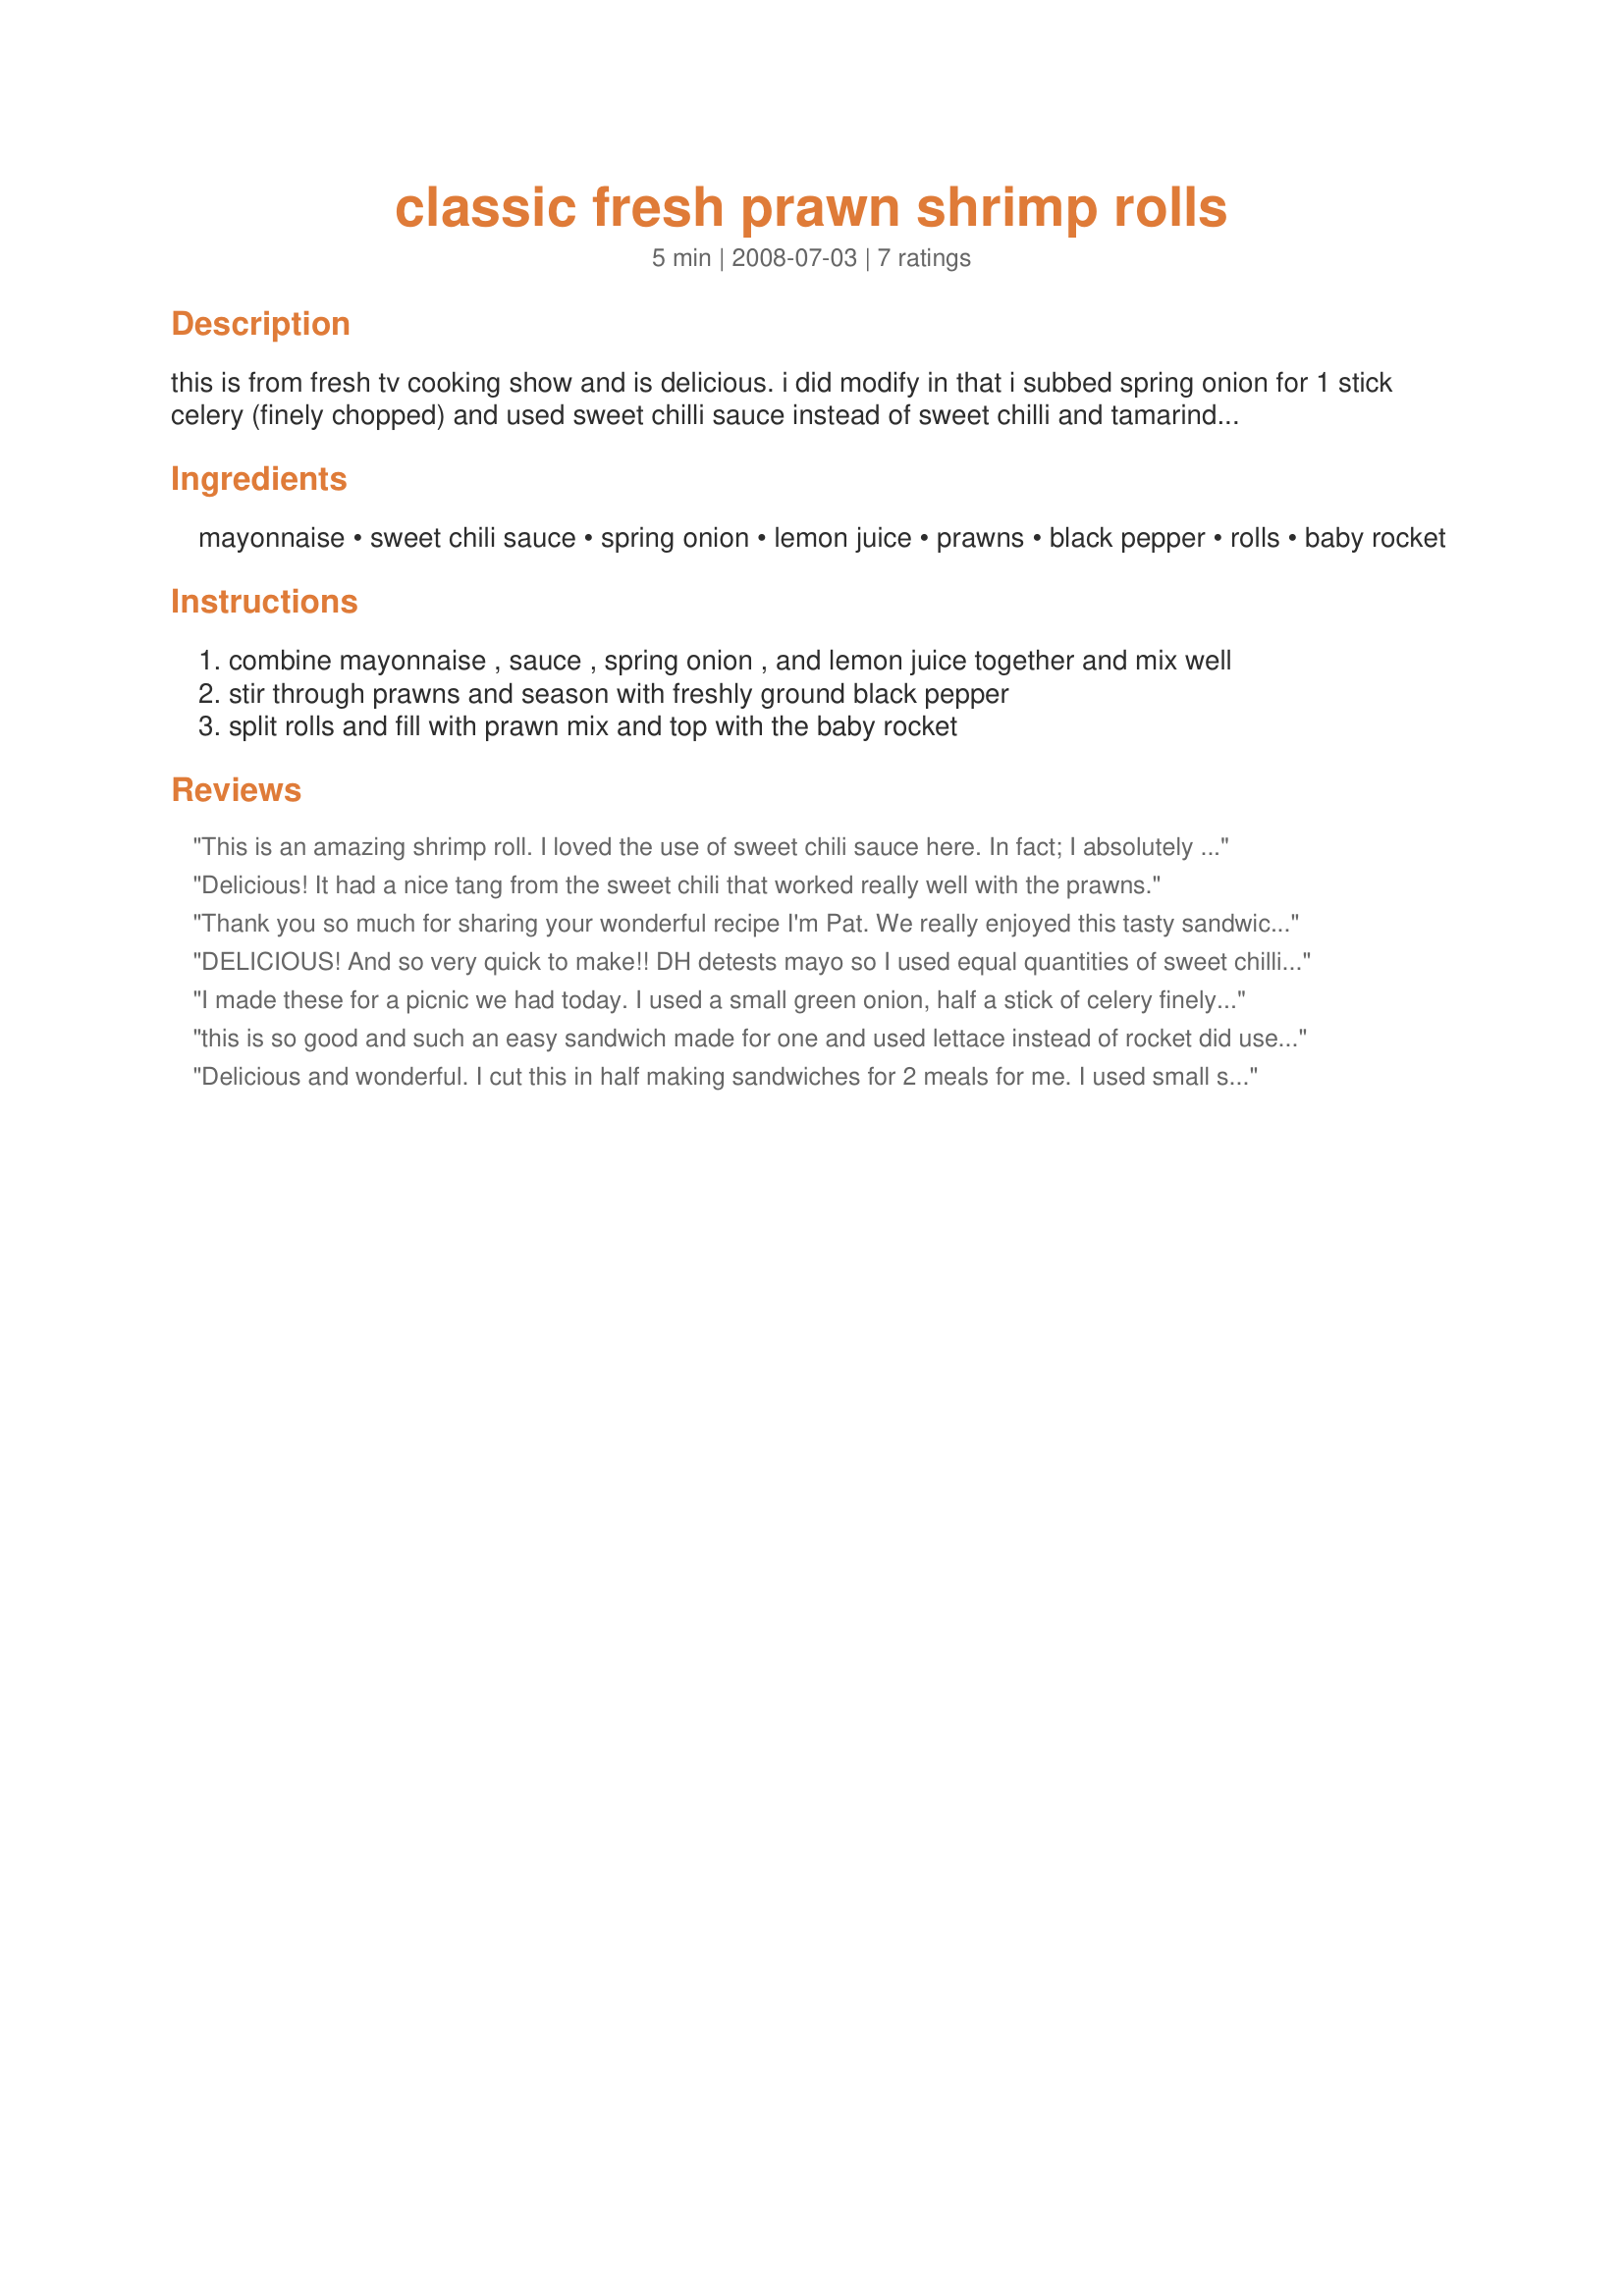
classic fresh prawn shrimp rolls
Preparation time: 5 minutes

this is from fresh tv cooking show and is delicious. i did modify in that i subbed spring onion for 1 stick celery (finely chopped) and used sweet chilli sauce instead of sweet chilli and tamarind sauce.

Ingredients:
mayonnaise, sweet chili sauce, spring onion, lemon juice, prawns, black pepper, rolls, baby rocket

Steps:
combine mayonnaise , sauce , spring onion , and lemon juice together and mix well
stir through prawns and season with freshly ground black pepper
split rolls and fill with prawn mix and top with the baby rocket

Reviews:
This is an amazing shrimp roll. I loved the use of sweet chili sauce here. In fact; I absolutely adored it! I had some fresh green onion, fresh lemon juice, all of it remarkable and then some. I used fresh spinach/arugula as I am not sure we have "rocket" leaves. Served on a French baguette and devoured on the the spot. Made for Everyday is a Holiday tag.
Delicious! It had a nice tang from the sweet chili that worked really well with the prawns.
Thank you so much for sharing your wonderful recipe I'm Pat. We really enjoyed this tasty sandwich. The textures and flavor were awesome. Loved the sauce. I used Collasal shrimp and romain lettuce. We will be enjoying these again really soon.
DELICIOUS! And so very quick to make!! DH detests mayo so I used equal quantities of sweet chilli sauce and mayo and an extra squeeze of lemon juice. And I added in 1 stick of celery with the spring onion. LOVE the addition of rocket leaves, it adds the nutty/peppery flavour to the rolls. We really enjoyed it, even DH! Thank you, Chef Potts, for sharing this wonderful recipe, I definitely will be making it again!
I made these for a picnic we had today. I used a small green onion, half a stick of celery finely chopped, whole egg mayo, and after tasting, I added another teaspon of lemon juice. I think in future I would reduce the sweet chilli sauce and add a slug of tabasco. We enjoyed them a lot, but Russ said he'd have taken a crab one if it was on offer rather than the prawn ones. I used fresh cooked, wild Exmouth king prawns . They certainly made for a luxurious picnic.
this is so good and such an easy sandwich made for one and used lettace instead of rocket did use lemon pepper to get some of the zip try this
Delicious and wonderful. I cut this in half making sandwiches for 2 meals for me. I used small salad shrimp. I loved it. Made for Top Favorites of 2009
